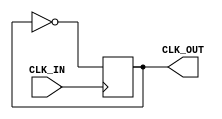
module dev2_delay(
input wire CLK_IN,
output CLK_OUT
);

reg CLK=0;
assign CLK_OUT=CLK;

always @(negedge CLK_IN)
begin
	CLK=!CLK;
end 
endmodule